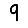
Digit: 9